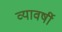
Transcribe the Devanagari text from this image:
व्यावर्षी